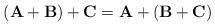
LaTeX: \begin{align*}\left(\mathbf{A}+\mathbf{B}\right)+\mathbf{C}=\mathbf{A}+\left(\mathbf{B}+\mathbf{C}\right)\end{align*}